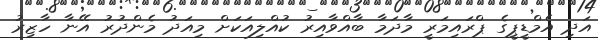
އަދި އެމްޑީޕީގެ ޕްރައިމަރީ މާދަމާ ބާއްވާއިރު ކުއްލިއަކަށް މިއަދު މެންދުރު އޭނާ ހާޒިރު